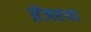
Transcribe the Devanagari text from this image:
ग्रेंजरया